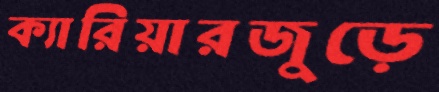
ক্যারিয়ারজুড়ে